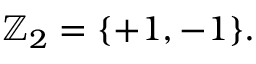
\mathbb { Z } _ { 2 } = \{ + 1 , - 1 \} .